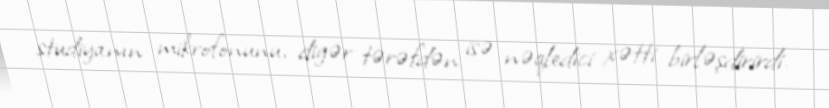
studiyanın mikrofonunu, digər tərəfdən isə nəqledici xətti birləşdirirdi.